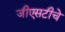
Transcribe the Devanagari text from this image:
जीएसटीचे